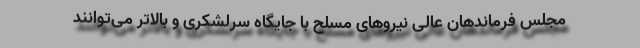
مجلس فرماندهان عالی نیروهای مسلح با جایگاه سرلشکری و بالاتر می‌توانند